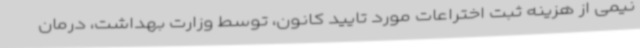
نیمی از هزینه ثبت اختراعات مورد تایید کانون، توسط وزارت بهداشت، درمان